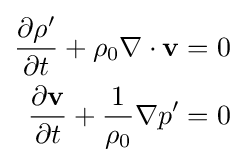
{\begin{aligned}{\frac {\partial \rho '}{\partial t}}+\rho _{0}\nabla \cdot \mathbf {v} &=0\\{\frac {\partial \mathbf {v} }{\partial t}}+{\frac {1}{\rho _{0}}}\nabla p'&=0\end{aligned}}